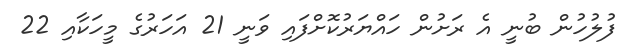
ފުލުހުން ބުނީ އެ ރަށުން ހައްޔަރުކޮށްފައި ވަނީ 21 އަހަރުގެ މީހަކާއި 22